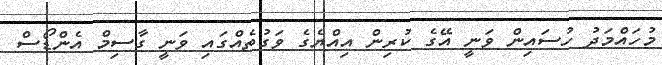
މުހައްމަދު ހުސައިން ވަނީ އޭގެ ކުރިން އިއްޔެގެ ވަގުތެއްގައި ވަނީ ގާސިމް އެންޑޯސް